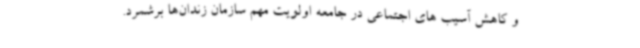
و کاهش آسیب های اجتماعی در جامعه اولویت مهم سازمان زندان‌ها برشمرد.